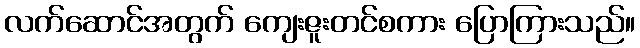
လက်ဆောင်အတွက် ကျေးဇူးတင်စကား ပြောကြားသည်။